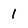
Character: 1